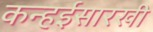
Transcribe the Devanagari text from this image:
कन्हईसारखी